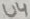
Text: U4